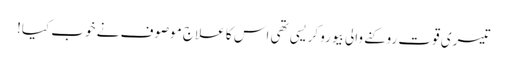
تیسری قوت روکنے والی بیورو کریسی تھی اس کا علاج موصوف نے خوب کیا!